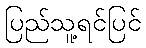
ပြည်သူ့ရင်ပြင်